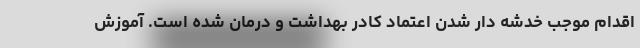
اقدام موجب خدشه دار شدن اعتماد کادر بهداشت و درمان شده است. آموزش